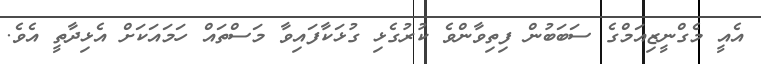
އެއީ މެގްނީޒިއަމްގެ ސަބަބުން ފިތިވާންވެ ކުރުގެޅި ގުޅަކާފައިވާ މަސްތައް ހަމައަކަށް އެޅިދާތީ އެވެ.